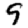
Digit: 9